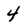
Character: 4